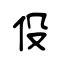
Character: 伇